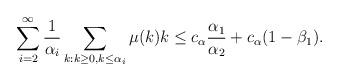
LaTeX: \begin{align*} \sum\limits _{i=2} ^{\infty} \frac{1}{\alpha_i} \sum\limits _{k: k \geq 0, k \leq \alpha_i} \mu (k)k \leq c_{\alpha} \frac{\alpha _1}{\alpha _2}+c_{\alpha} (1 - \beta _1).\end{align*}